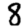
Digit: 8